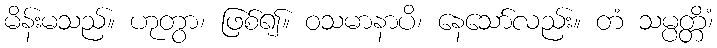
မိန်းမသည်။ ဟုတွာ၊ ဖြစ်၍။ ဝသမာနာပိ၊ နေသော်လည်း။ တံ သမ္ပတ္တိံ၊